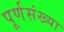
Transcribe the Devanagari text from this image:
पूर्णसंख्या